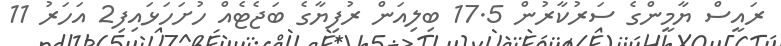
ރައީސް ޔާމީންގެ ސަރުކާރުން 17.5 ބިލިއަން ރުފިޔާގެ ބަޖެޓެއް ހުށަހަޅައިފި2 އަހަރު 11